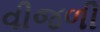
વીજળી